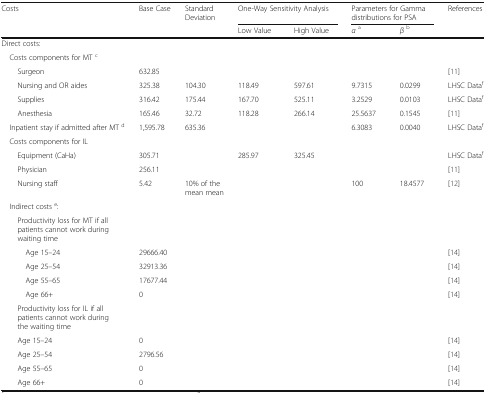
<table><thead><tr><td rowspan="2"><b>Costs</b></td><td rowspan="2"><b>Base Case</b></td><td rowspan="2"><b>Standard Deviation</b></td><td colspan="2"><b>One-Way Sensitivity Analysis</b></td><td colspan="2"><b>Parameters for Gamma distributions for PSA</b></td><td rowspan="2"><b>References</b></td></tr><tr><td><b>Low Value</b></td><td><b>High Value</b></td><td><b><i>α</i><sup>a</sup></b></td><td><b><i>β</i><sup>b</sup></b></td></tr></thead><tbody><tr><td colspan="8">Direct costs:</td></tr><tr><td colspan="8"> Costs components for MT <sup>c</sup></td></tr><tr><td>Surgeon</td><td>632.85</td><td></td><td></td><td></td><td></td><td></td><td>[11]</td></tr><tr><td>Nursing and OR aides</td><td>325.38</td><td>104.30</td><td>118.49</td><td>597.61</td><td>9.7315</td><td>0.0299</td><td>LHSC Data<sup>f</sup></td></tr><tr><td>Supplies</td><td>316.42</td><td>175.44</td><td>167.70</td><td>525.11</td><td>3.2529</td><td>0.0103</td><td>LHSC Data<sup>f</sup></td></tr><tr><td>Anesthesia</td><td>165.46</td><td>32.72</td><td>118.28</td><td>266.14</td><td>25.5637</td><td>0.1545</td><td>[11]</td></tr><tr><td> Inpatient stay if admitted after MT <sup>d</sup></td><td>1,595.78</td><td>635.36</td><td></td><td></td><td>6.3083</td><td>0.0040</td><td>LHSC Data<sup>f</sup></td></tr><tr><td colspan="8"> Costs components for IL</td></tr><tr><td>Equipment (CaHa)</td><td>305.71</td><td></td><td>285.97</td><td>325.45</td><td></td><td></td><td>LHSC Data<sup>f</sup></td></tr><tr><td>Physician</td><td>256.11</td><td></td><td></td><td></td><td></td><td></td><td>[11]</td></tr><tr><td>Nursing staff</td><td>5.42</td><td>10% of the mean mean</td><td></td><td></td><td>100</td><td>18.4577</td><td>[12]</td></tr><tr><td colspan="8"> Indirect costs <sup>e</sup>:</td></tr><tr><td colspan="8">Productivity loss for MT if all patients cannot work during waiting time</td></tr><tr><td>Age 15–24</td><td>29666.40</td><td></td><td></td><td></td><td></td><td></td><td>[14]</td></tr><tr><td>Age 25–54</td><td>32913.36</td><td></td><td></td><td></td><td></td><td></td><td>[14]</td></tr><tr><td>Age 55–65</td><td>17677.44</td><td></td><td></td><td></td><td></td><td></td><td>[14]</td></tr><tr><td>Age 66+</td><td>0</td><td></td><td></td><td></td><td></td><td></td><td>[14]</td></tr><tr><td colspan="8">Productivity loss for IL if all patients cannot work during the waiting time</td></tr><tr><td>Age 15–24</td><td>0</td><td></td><td></td><td></td><td></td><td></td><td>[14]</td></tr><tr><td>Age 25–54</td><td>2796.56</td><td></td><td></td><td></td><td></td><td></td><td>[14]</td></tr><tr><td>Age 55–65</td><td>0</td><td></td><td></td><td></td><td></td><td></td><td>[14]</td></tr><tr><td>Age 66+</td><td>0</td><td></td><td></td><td></td><td></td><td></td><td>[14]</td></tr></tbody></table>